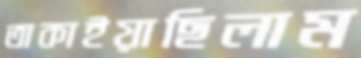
তাকাইয়াছিলাম